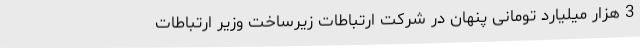
3 هزار میلیارد تومانی پنهان در شرکت ارتباطات زیرساخت وزیر ارتباطات